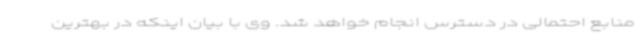
منابع احتمالی در دسترس انجام خواهد شد. وی با بیان اینکه در بهترین